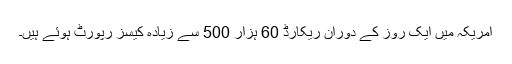
امریکہ میں ایک روز کے دوران ریکارڈ 60 ہزار 500 سے زیادہ کیسز رپورٹ ہوئے ہیں۔